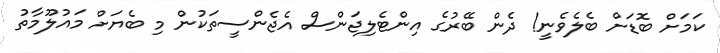
ކަމަށް ބޮޑަށް ބެލެވެނީ! ދެން ބޭރުގެ އިންޓެލިޖަންސް އެޖެންސީތަކުން މި ބެޔަށް މައުލޫމާތު